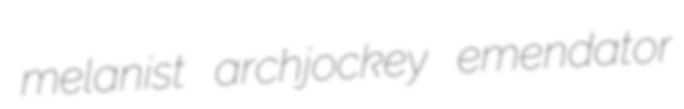
melanist archjockey emendator